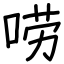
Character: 唠